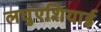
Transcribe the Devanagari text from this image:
लघुएशियाई